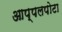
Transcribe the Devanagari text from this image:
आप्पलपोटा